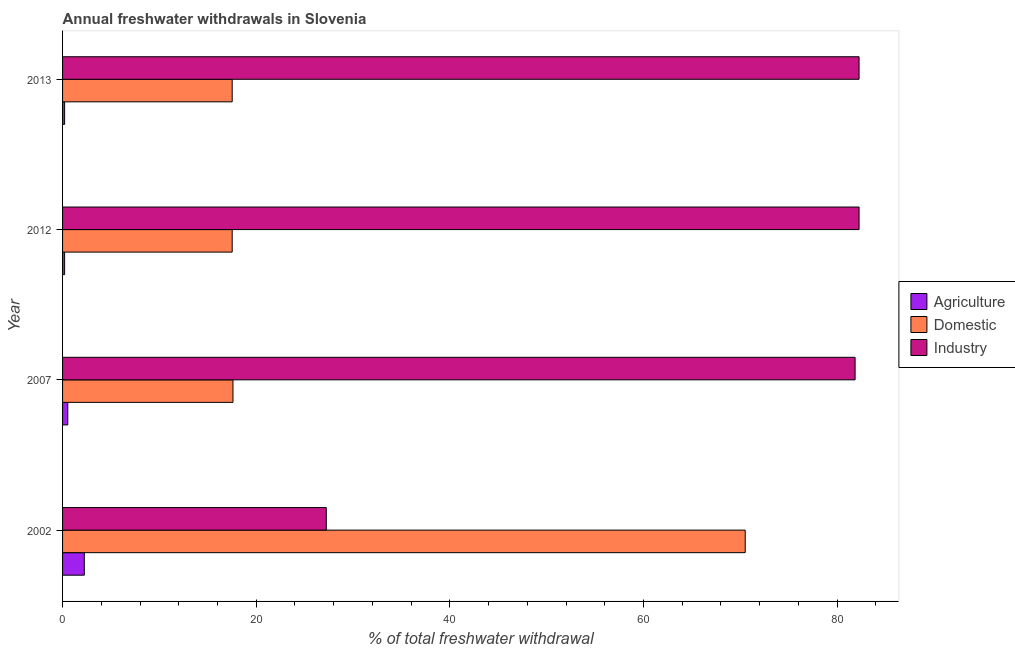
| Year | Agriculture | Domestic | Industry |
 | --- | --- | --- | --- |
 | 2002 | 2.24 | 70.5 | 27.2 |
 | 2007 | 0.54 | 17.6 | 81.9 |
 | 2012 | 0.212 | 17.5 | 82.3 |
 | 2013 | 0.212 | 17.5 | 82.3 |